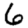
Digit: 6